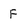
Character: F